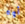
أوه